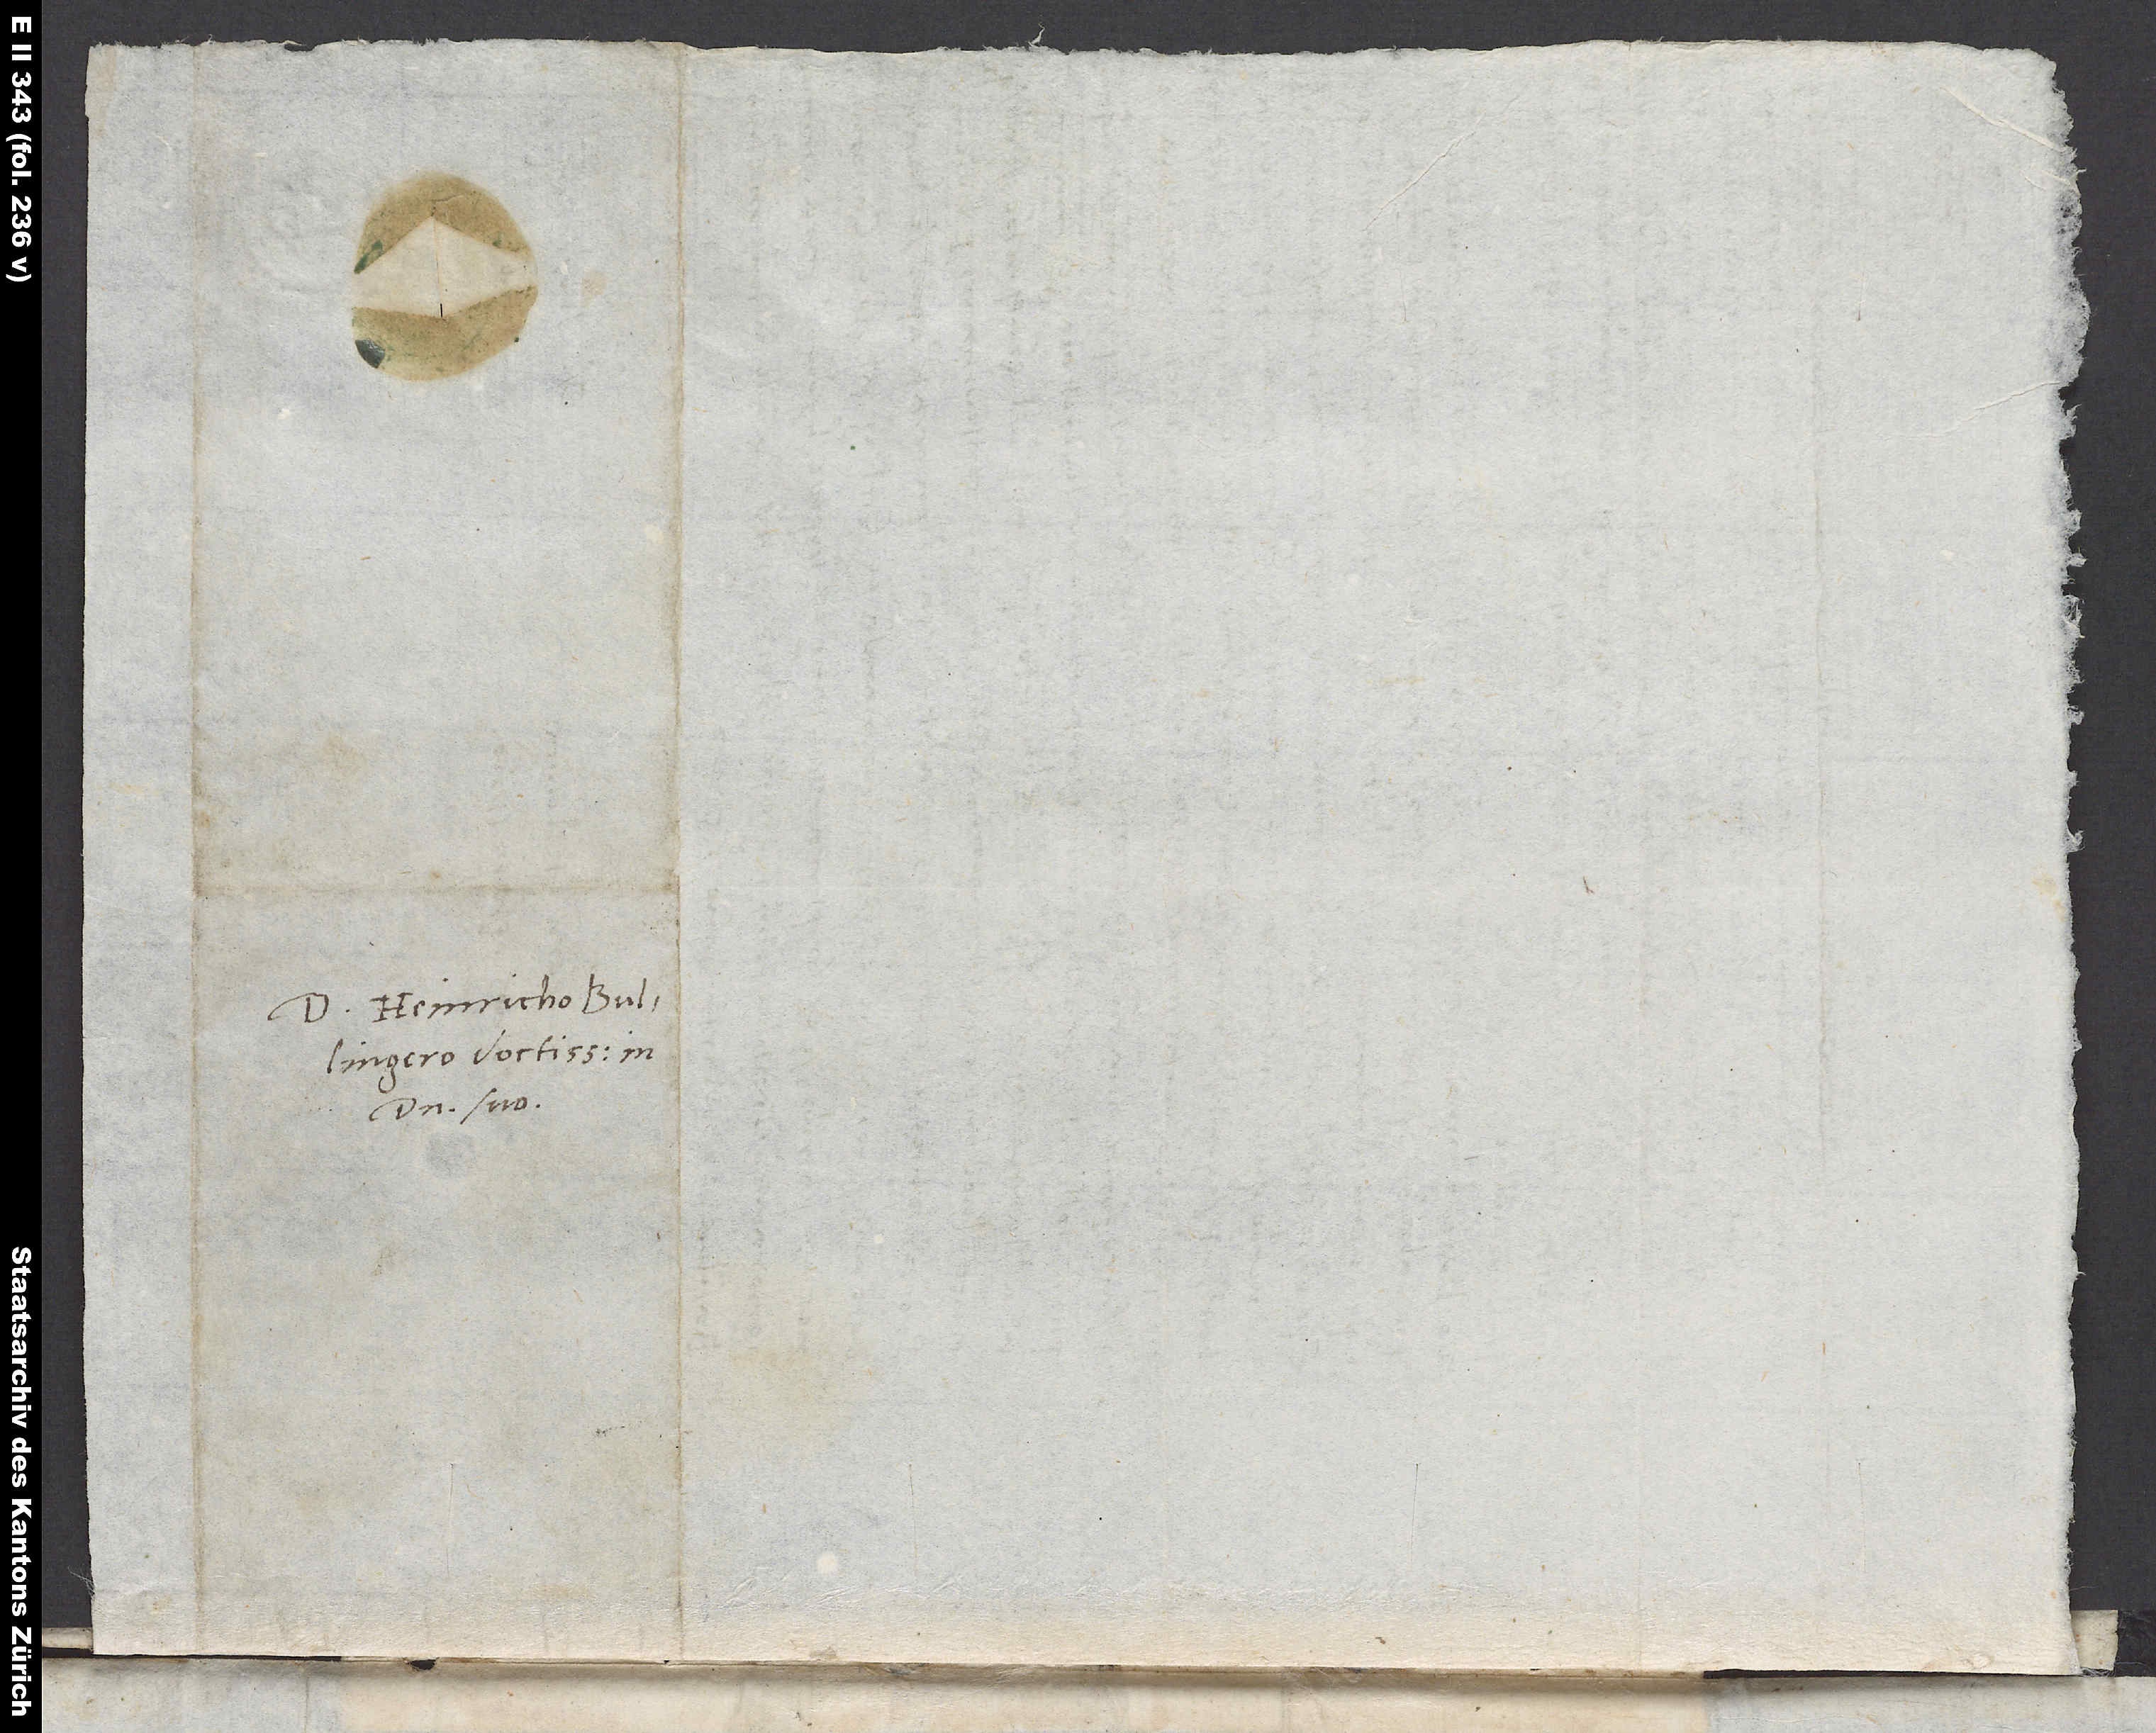
Domino Heinricho Bullingero
domino suo.